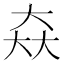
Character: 𡘙